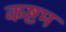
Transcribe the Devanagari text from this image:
कष्टम